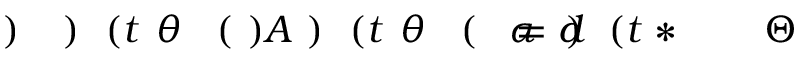
\! \! \! \! \! \! \! \! \! \! \! \Theta \! \! \! \! \! \! \! \! \! \! \! \! ^ { \! } \! \! \! \! \! \! \! \! \! \! \! * \! \! \! \! \! \! \! \! \! \! \! \! ( t \! \! \! \! \! \! \! \! \! \! \! \! ) \! \! \! \! \! \! \! \! \! \! \! \! = d \! \! \! \! \! \! \! \! \! \! \! \! \alpha \! \! \! \! \! \! \! \! \! \! \! \! ( \! \! \! \! \! \! \! \! \! \! \! \! \theta \! \! \! \! \! \! \! \! \! \! \! \! ( t \! \! \! \! \! \! \! \! \! \! \! \! ) \! \! \! \! \! \! \! \! \! \! \! \! ) A \! \! \! \! \! \! \! \! \! \! \! \! ( \! \! \! \! \! \! \! \! \! \! \! \! \theta \! \! \! \! \! \! \! \! \! \! \! \! ( t \! \! \! \! \! \! \! \! \! \! \! \! ) \! \! \! \! \! \! \! \! \! \! \! \! ) \! \! \! \! \! \! \! \! \! \! \!